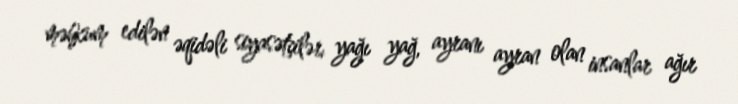
məhkum edilən əqidəli siyasətçilər, yağı yağ, ayranı ayran olan insanlar ağır